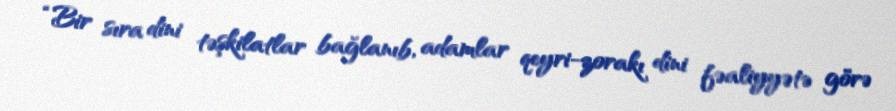
“Bir sıra dini təşkilatlar bağlanıb, adamlar qeyri-zorakı dini fəaliyyətə görə